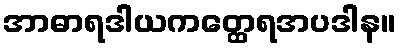
အာဓာရဒါယကတ္ထေရအပဒါန။